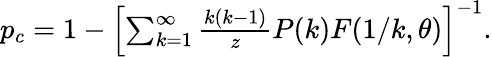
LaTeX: \begin{array}{r}{p_{c}=1-\left[\sum_{k=1}^{\infty}\frac{k(k-1)}{z}P(k)F(1/k,\theta)\right]^{-1}.}\end{array}